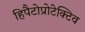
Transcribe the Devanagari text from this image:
हिपैटोप्रोटेक्टिव